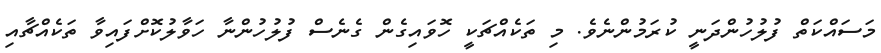
މަސައްކަތް ފުލުހުންދަނީ ކުރަމުންނެވެ. މި ތަކެއްޗަކީ ހޮވައިގެން ގެނެސް ފުލުހުންނާ ހަވާލުކޮށްފައިވާ ތަކެއްޗާއި